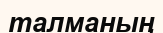
талманың